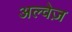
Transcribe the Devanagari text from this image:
अल्वेज़